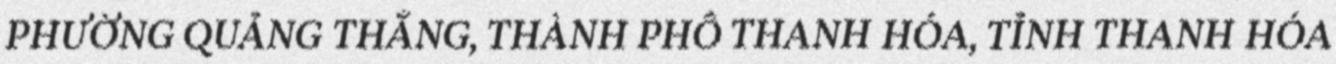
PHƯỜNG QUẢNG THẮNG, THÀNH PHỐ THANH HÓA, TỈNH THANH HÓA